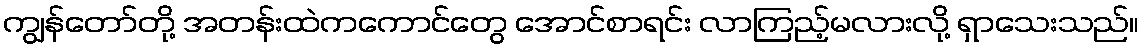
ကျွန်တော်တို့ အတန်းထဲကကောင်တွေ အောင်စာရင်း လာကြည့်မလားလို့ ရှာသေးသည်။